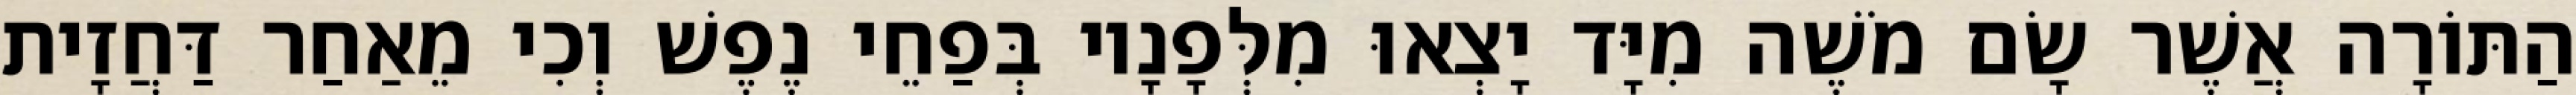
הַתּוֹרָה אֲשֶׁר שָׂם מֹשֶׁה מִיָּד יָצְאוּ מִלְּפָנָיו בְּפַחֵי נֶפֶשׁ וְכִי מֵאַחַר דַּחֲזָית